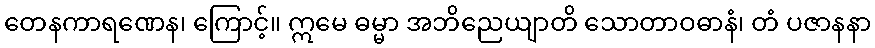
တေနကာရဏေန၊ ကြောင့်။ ဣမေ ဓမ္မာ အဘိညေယျာတိ သောတာဝဓာနံ၊ တံ ပဇာနနာ